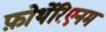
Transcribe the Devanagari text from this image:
फ़ोर्थेरिएनम